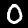
Label: 0